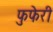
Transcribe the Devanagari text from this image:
फुफेरी